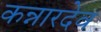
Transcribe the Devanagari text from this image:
कन्नारदेव